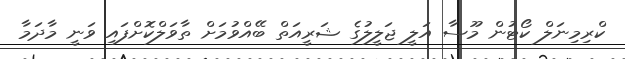
ކްރިމިނަލް ކޯޓުން މޫސާ އަލީ ޖަލީލުގެ ޝަރީއަތް ބޭއްވުމަށް ތާވަލްކޮށްފައި ވަނީ މާދަމާ